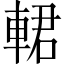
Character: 輑